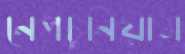
নেপচুনিয়াম